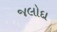
જલોદા